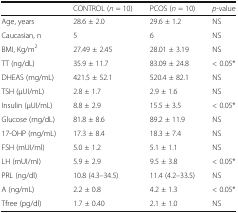
<table><thead><tr><td></td><td><b>CONTROL (<i>n</i> = 10)</b></td><td><b>PCOS (<i>n</i> = 10)</b></td><td><b><i>p</i>-value</b></td></tr></thead><tbody><tr><td>Age, years</td><td>28.6 ± 2.0</td><td>29.6 ± 1.2</td><td>NS</td></tr><tr><td>Caucasian, n</td><td>5</td><td>6</td><td>NS</td></tr><tr><td>BMI, Kg/m<sup>2</sup></td><td>27.49 ± 2.45</td><td>28.01 ± 3.19</td><td>NS</td></tr><tr><td>TT (ng/dL)</td><td>35.9 ± 11.7</td><td>83.09 ± 24.8</td><td>&lt; 0.05*</td></tr><tr><td>DHEAS (mg/mL)</td><td>421.5 ± 52.1</td><td>520.4 ± 82.1</td><td>NS</td></tr><tr><td>TSH (μUI/mL)</td><td>2.8 ± 1.7</td><td>2.9 ± 1.6</td><td>NS</td></tr><tr><td>Insulin (μUI/mL)</td><td>8.8 ± 2.9</td><td>15.5 ± 3.5</td><td>&lt; 0.05*</td></tr><tr><td>Glucose (mg/dL)</td><td>81.8 ± 8.6</td><td>89.2 ± 11.9</td><td>NS</td></tr><tr><td>17-OHP (mg/mL)</td><td>17.3 ± 8.4</td><td>18.3 ± 7.4</td><td>NS</td></tr><tr><td>FSH (mUI/ml)</td><td>5.0 ± 1.2</td><td>5.1 ± 1.1</td><td>NS</td></tr><tr><td>LH (mUI/ml)</td><td>5.9 ± 2.9</td><td>9.5 ± 3.8</td><td>&lt; 0.05*</td></tr><tr><td>PRL (ng/dl)</td><td>10.8 (4.3–34.5)</td><td>11.4 (4.2–33.5)</td><td>NS</td></tr><tr><td>A (ng/mL)</td><td>2.2 ± 0.8</td><td>4.2 ± 1.3</td><td>&lt; 0.05*</td></tr><tr><td>Tfree (pg/dl)</td><td>1.7 ± 0.40</td><td>2.1 ± 1.0</td><td>NS</td></tr></tbody></table>